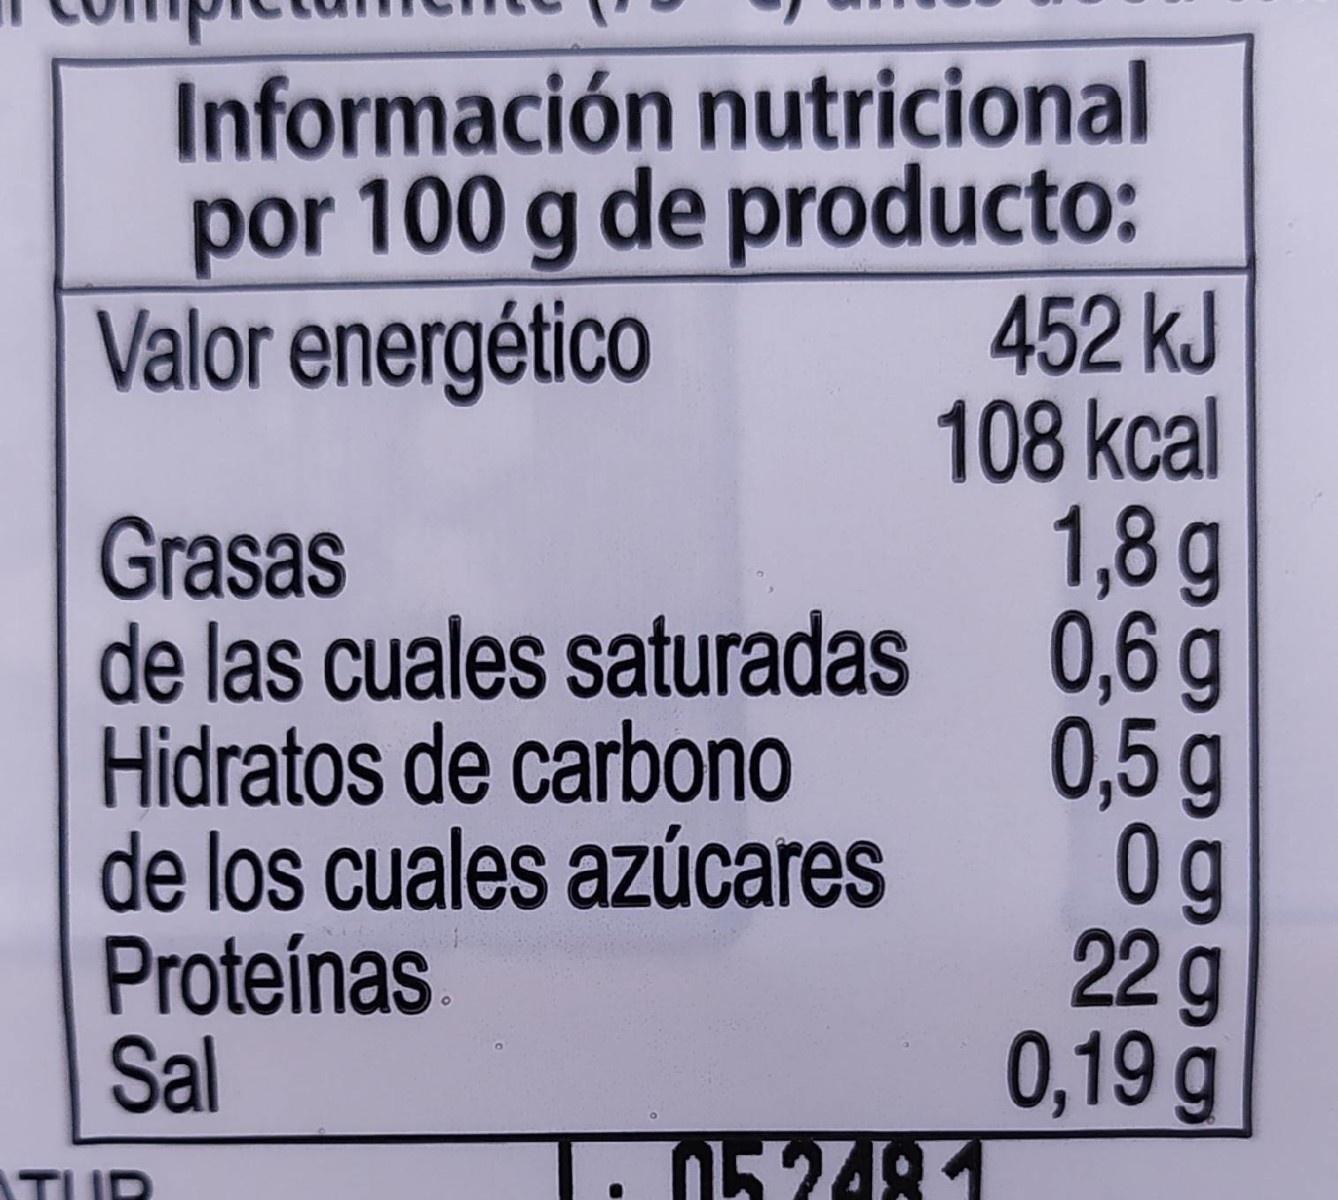
Información nutricional por 100 g de producto: 452 kJ 108 kcal 1,8g de las cuales saturadas 0,6 g 0,5 g 0g 22g 0,19 g 052481
Valor energético
Grasas
Hidratos de carbono
de los cuales azúcares
Proteínas Sal
TUD